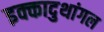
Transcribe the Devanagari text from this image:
इक्कादुथांगल